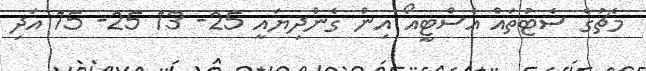
މެޗުގެ ސެޓުތައް އެސްޓީއޯ އިން ގެންދިޔައީ 25- 13 25- 15 އަދި